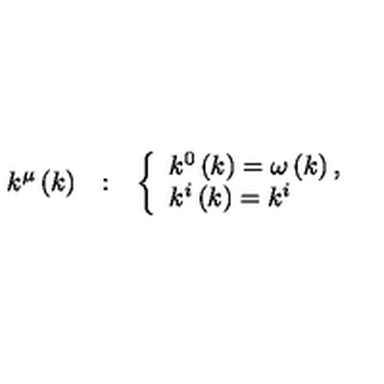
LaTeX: \begin{array} { c c c } { k ^ { \mu } \left( k \right) } & { : } & { \left\{ \begin{array} { l } { k ^ { 0 } \left( k \right) = \omega \left( k \right) , } \\ { k ^ { i } \left( k \right) = k ^ { i } } \\ \end{array} \right. } \\ \end{array}